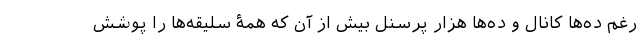
رغم ده‌ها کانال و ده‌ها هزار پرسنل بیش از آن که همۀ سلیقه‌ها را پوشش